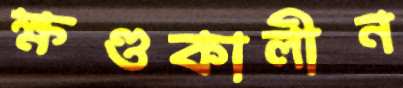
ক্ষণ্ডকালীন